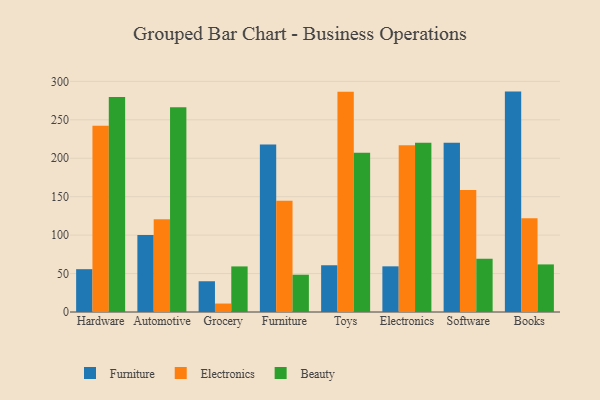
{"axis": {"x": "Category", "y": "Active Users"}, "legend": ["Beauty", "Electronics", "Furniture"], "data": [{"x": "Hardware", "y": 55.7, "type": "Furniture"}, {"x": "Hardware", "y": 242.4, "type": "Electronics"}, {"x": "Hardware", "y": 279.8, "type": "Beauty"}, {"x": "Automotive", "y": 100.3, "type": "Furniture"}, {"x": "Automotive", "y": 120.8, "type": "Electronics"}, {"x": "Automotive", "y": 266.4, "type": "Beauty"}, {"x": "Grocery", "y": 40.0, "type": "Furniture"}, {"x": "Grocery", "y": 11.0, "type": "Electronics"}, {"x": "Grocery", "y": 59.3, "type": "Beauty"}, {"x": "Furniture", "y": 217.9, "type": "Furniture"}, {"x": "Furniture", "y": 144.7, "type": "Electronics"}, {"x": "Furniture", "y": 48.5, "type": "Beauty"}, {"x": "Toys", "y": 60.8, "type": "Furniture"}, {"x": "Toys", "y": 286.5, "type": "Electronics"}, {"x": "Toys", "y": 207.3, "type": "Beauty"}, {"x": "Electronics", "y": 59.4, "type": "Furniture"}, {"x": "Electronics", "y": 217.0, "type": "Electronics"}, {"x": "Electronics", "y": 220.2, "type": "Beauty"}, {"x": "Software", "y": 220.1, "type": "Furniture"}, {"x": "Software", "y": 158.8, "type": "Electronics"}, {"x": "Software", "y": 69.4, "type": "Beauty"}, {"x": "Books", "y": 286.7, "type": "Furniture"}, {"x": "Books", "y": 121.9, "type": "Electronics"}, {"x": "Books", "y": 61.9, "type": "Beauty"}]}